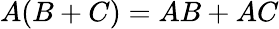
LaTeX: A(B+C)=AB+AC